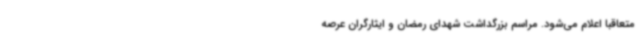
متعاقبا اعلام می‌شود. مراسم بزرگداشت شهدای رمضان و ایثارگران عرصه